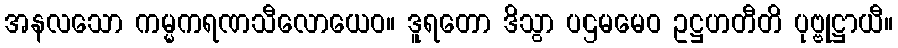
အနလသော ကမ္မကရဏသီလောယေဝ။ ဒူရတော ဒိသွာ ပဌမမေဝ ဥဋ္ဌဟတီတိ ပုဗ္ဗုဋ္ဌာယီ။